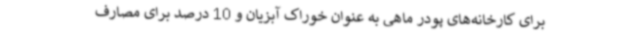
برای کارخانه‌های پودر ماهی به عنوان خوراک آبزیان و 10 درصد برای مصارف